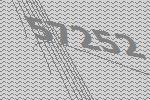
57252